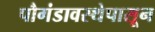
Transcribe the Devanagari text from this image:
पौगंडावस्थेपासून